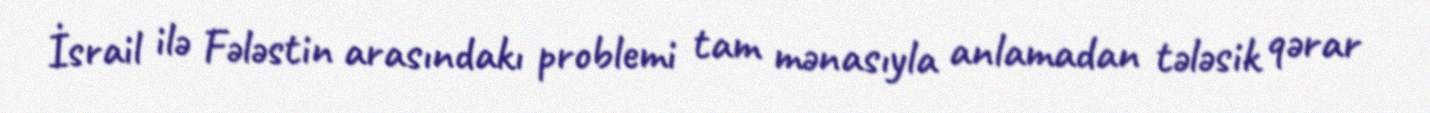
İsrail ilə Fələstin arasındakı problemi tam mənasıyla anlamadan tələsik qərar